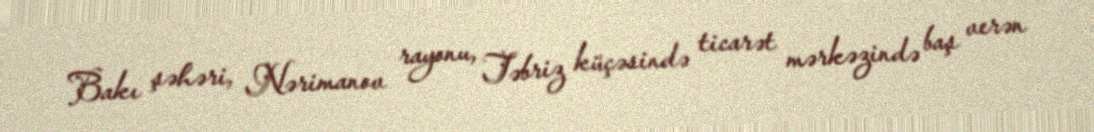
Bakı şəhəri, Nərimanov rayonu, Təbriz küçəsində ticarət mərkəzində baş verən